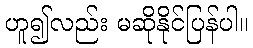
ဟူ၍လည်း မဆိုနိုင်ပြန်ပါ။